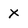
Character: X